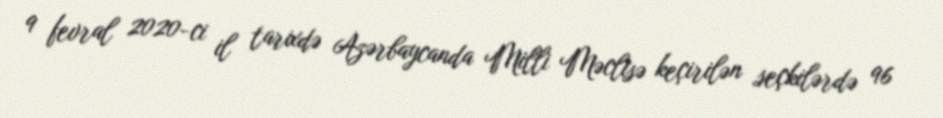
9 fevral 2020-ci il tarixdə Azərbaycanda Milli Məclisə keçirilən seçkilərdə 96